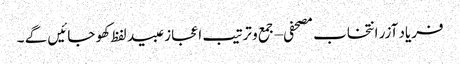
فریاد آزر انتخاب مصحفی – جمع و ترتیب اعجاز عبید لفظ کھو جائیں گے ۔